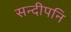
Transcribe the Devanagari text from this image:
सन्‍दीपनि